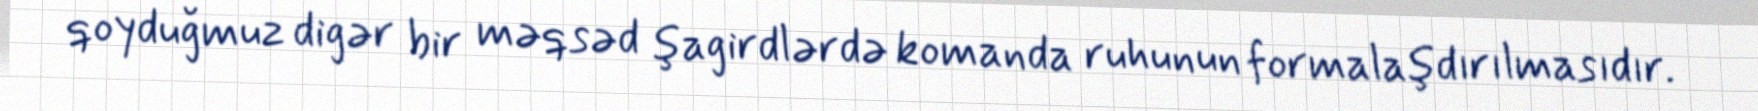
qoyduğmuz digər bir məqsəd şagirdlərdə komanda ruhunun formalaşdırılmasıdır.